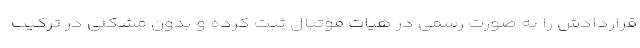
قراردادش را به صورت رسمی در هیات فوتبال ثبت کرده و بدون مشکلی در ترکیب